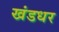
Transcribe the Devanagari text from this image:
खंडधर